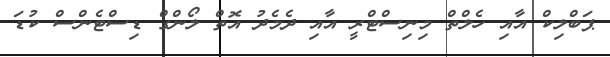
ޕަބްލިކް އާއި ހެލްތް މިނިސްޓްރީ އާއި ދެމެދު އޮތް ލޯންގް ޑިސްޓެންސް ކުޑަ